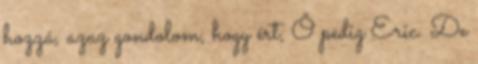
hozzá, azaz gondolom, hogy ért, Ő pedig Eric. De